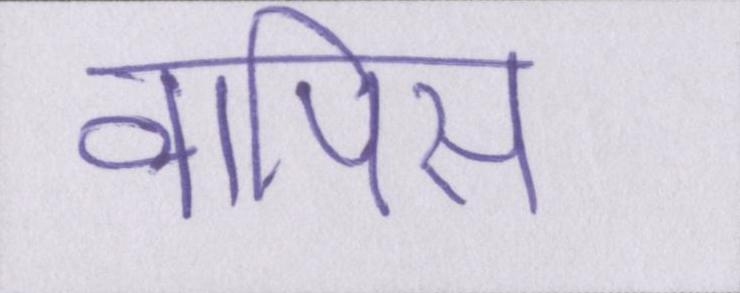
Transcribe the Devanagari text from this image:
वापिस